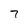
Character: 7